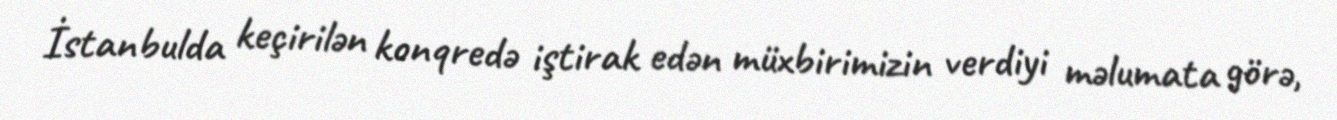
İstanbulda keçirilən konqredə iştirak edən müxbirimizin verdiyi məlumata görə,